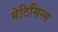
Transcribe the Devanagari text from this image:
मेटिसिन्स